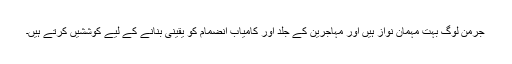
جرمن لوگ بہت مہمان نواز ہيں اور مہاجرين کے جلد اور کامياب انضمام کو يقينی بنانے کے ليے کوششيں کرتے ہيں۔